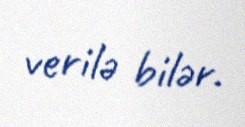
verilə bilər.